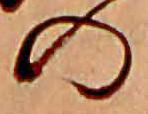
の